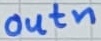
Text: outn